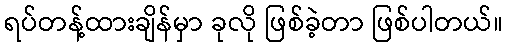
ရပ်တန့်ထားချိန်မှာ ခုလို ဖြစ်ခဲ့တာ ဖြစ်ပါတယ်။